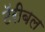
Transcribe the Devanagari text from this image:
टॅरीबल